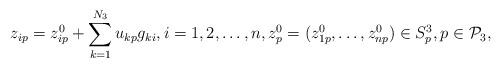
LaTeX: \begin{align*}z_{ip} = z_{ip}^0+\sum_{k=1}^{N_3} u_{kp} g_{ki}, i=1,2,\dots, n, z_p^0=(z_{1p}^0, \dots, z_{np}^0) \in S_p^3, p \in {\cal P}_3,\end{align*}